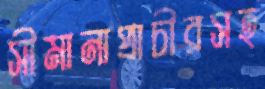
সীমানাপ্রাচীরসহ